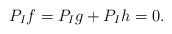
LaTeX: \begin{align*} P_I f = P_I g + P_I h = 0. \end{align*}